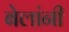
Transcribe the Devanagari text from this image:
बेलांनी